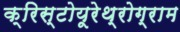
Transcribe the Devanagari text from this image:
क्रिस्टोयूरेथ्रोग्राम